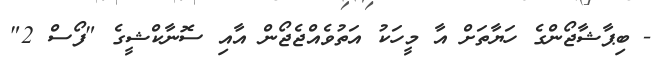
- ބިޕާޝާޖޯންގެ ހަޔާތަށް އާ މީހަކު އަތުވެއްޖެޖޯން އާއި ސޮނާކްޝީގެ "ފޯސް 2"